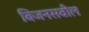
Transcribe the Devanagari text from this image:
बिजनसवील